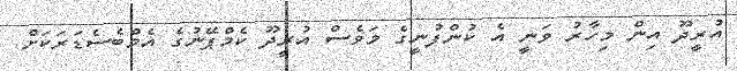
އުރީދޫ އިން މިހާރު ވަނީ އެ ކުންފުނީގެ މަވެސް އުރީދޫ ކެމްޕޭނުގެ އެމްބެސެޑަރަކަށް